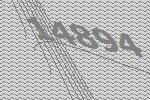
14894